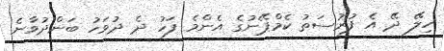
ހިލޭ ދޭ އެ ފުރުސަތު ކެމްޕޭނުގެ އެންމެ ފަހު ދެ ދުވަހު ބަންދުވާނެ